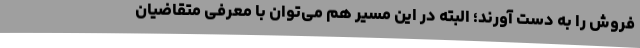
فروش را به دست آورند؛ البته در این مسیر هم می‌توان با معرفی متقاضیان